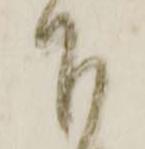
下